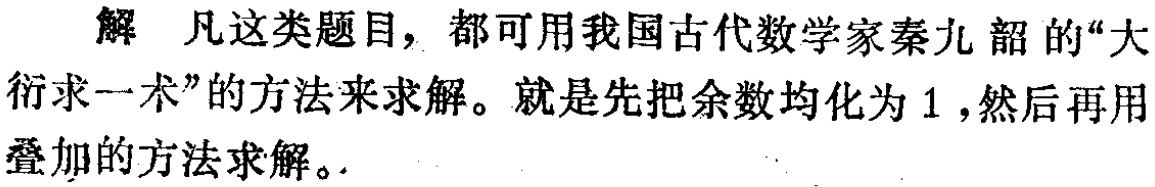
解 凡这类题目，都可用我国古代数学家秦九韶的“大衍求一术”的方法来求解。就是先把余数均化为 \(1\)，然后再用叠加的方法求解。